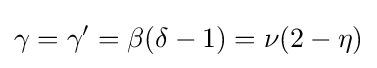
\gamma =\gamma '=\beta (\delta -1)=\nu (2-\eta )